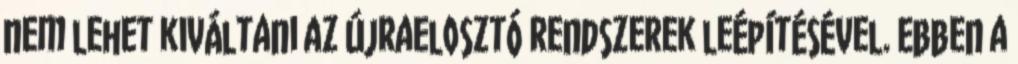
nem lehet kiváltani az újraelosztó rendszerek leépítésével. Ebben a